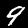
Digit: 9